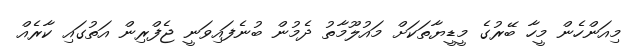
މިއަންހެން މީހާ ބޭރުގެ މީޑީޔާތަކަށް މައުލޫމާތު ދެމުން ބުނެފައިވަނީ ޖެފްރިން އަތުގައި ކާރެއް